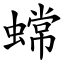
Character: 蟐